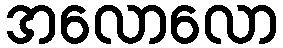
အလောလော